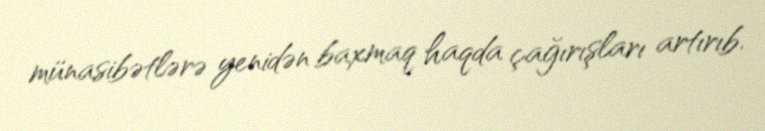
münasibətlərə yenidən baxmaq haqda çağırışları artırıb.